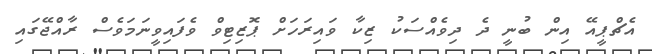
އެޗްޕީއޭ އިން ބުނީ ދެ ދިވެއްސަކު ޒިކާ ވައިރަހަށް ޕޮޒިޓިވް ވެފައިވީނަމަވެސް ރާއްޖޭގައި